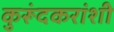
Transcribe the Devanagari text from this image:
कुरूंदकरांशी